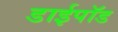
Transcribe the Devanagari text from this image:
डाईपॉड